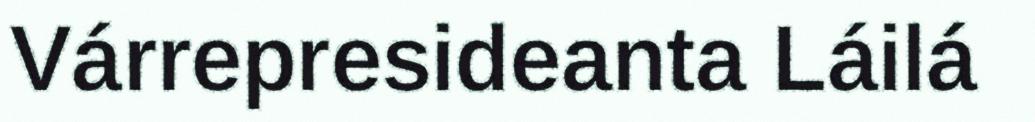
Várrepresideanta Láilá